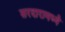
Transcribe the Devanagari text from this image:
सरदारामध्ये